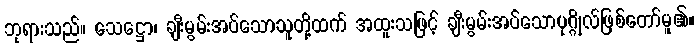
ဘုရားသည်။ သေဋ္ဌော၊ ချီးမွမ်းအပ်သောသူတို့ထက် အထူးသဖြင့် ချီးမွမ်းအပ်သောပုဂ္ဂိုလ်ဖြစ်တော်မူ၏။